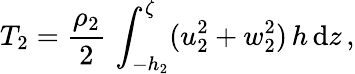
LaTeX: T_{2}=\frac{\rho_{2}}{2}\, \int_{-h_{2}}^{\zeta}(u_{2}^{2}+w_{2}^{2})\, h\, \mathrm{d}z\, ,